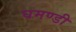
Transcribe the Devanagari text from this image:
घमण्‍डी